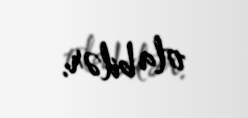
ola bilər.